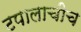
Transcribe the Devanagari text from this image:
टपालाचीच